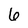
Character: 6